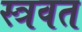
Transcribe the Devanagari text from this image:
स्त्रवत